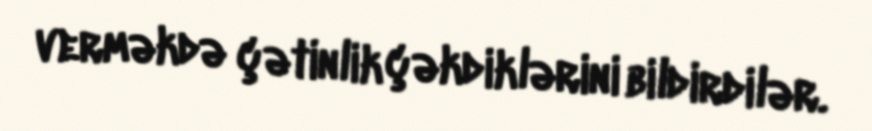
verməkdə çətinlik çəkdiklərini bildirdilər.